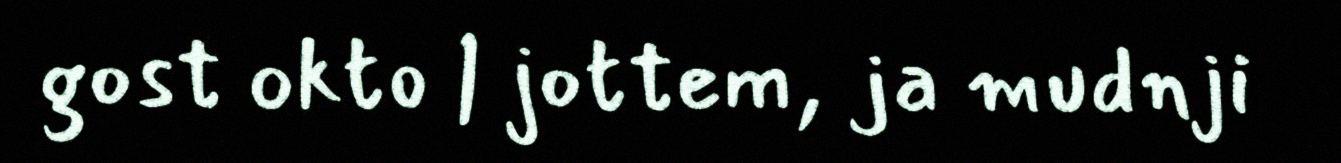
gost okto | jottem, ja mudnji